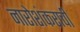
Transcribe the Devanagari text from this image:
नारोशंकराची